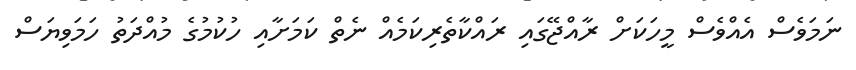
ނަމަވެސް އެއްވެސް މީހަކަށް ރާއްޖޭގައި ރައްކާތެރިކަމެއް ނެތް ކަމަށާއި ހުކުމުގެ މުއްދަތު ހަމަވިޔަސް